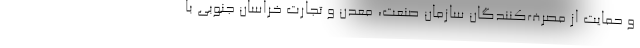
و حمایت از مصرف‌کنندگان سازمان صنعت، معدن و تجارت خراسان جنوبی با